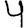
Digit: 4